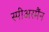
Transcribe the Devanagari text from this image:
स्पीअरमैंन